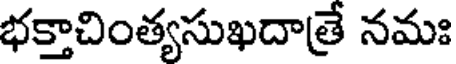
భక్తాచింత్యసుఖదాత్రే నమః